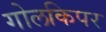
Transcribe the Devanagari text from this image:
गोलकिपर